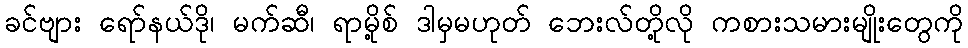
ခင်ဗျား ရော်နယ်ဒို၊ မက်ဆီ၊ ရာမို့စ် ဒါမှမဟုတ် ဘေးလ်တို့လို ကစားသမားမျိုးတွေကို